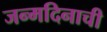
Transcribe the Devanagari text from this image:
जन्मदिनाची